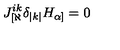
J _ { [ \aleph } ^ { i k } \delta _ { | k | } H _ { \alpha ] } = 0